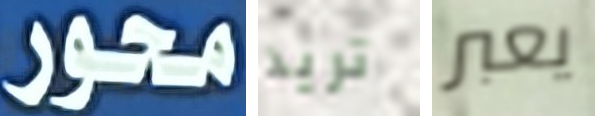
محور تريد يعبر